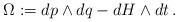
LaTeX: \begin{align*}\Omega:=dp\wedge dq -dH\wedge dt \, .\end{align*}